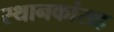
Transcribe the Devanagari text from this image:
स्थानकांसह